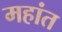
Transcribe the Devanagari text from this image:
महांत